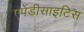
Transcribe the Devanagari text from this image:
एपेंडीसाइटिस